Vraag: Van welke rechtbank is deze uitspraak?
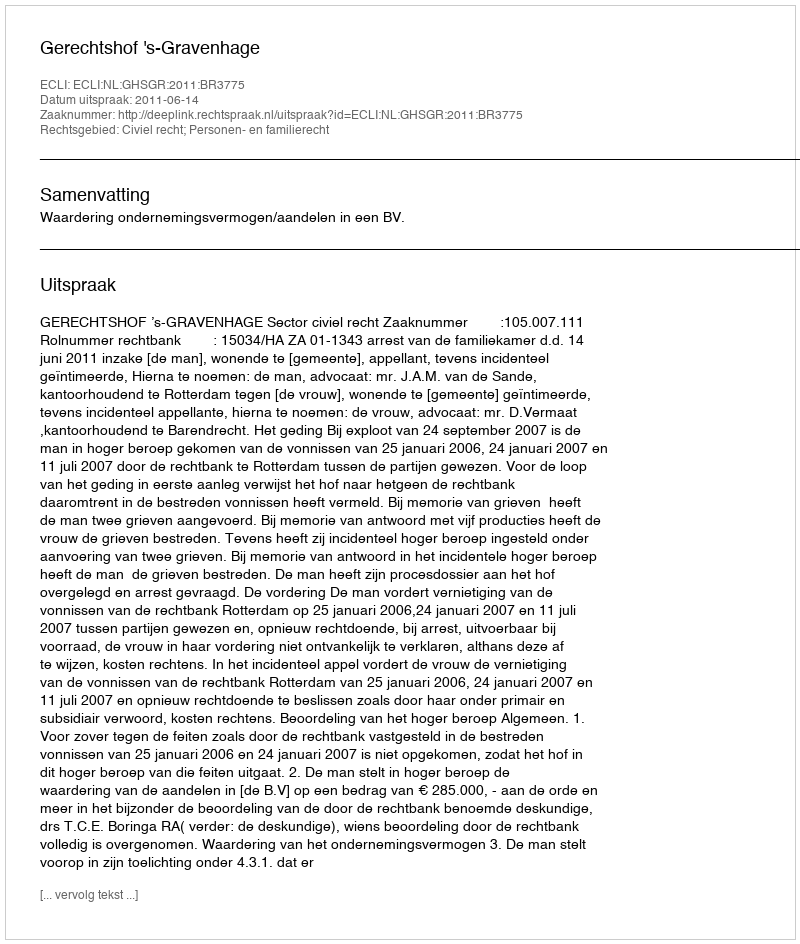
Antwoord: Gerechtshof 's-Gravenhage